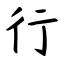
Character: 行